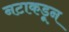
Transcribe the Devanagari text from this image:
नटाकडून